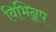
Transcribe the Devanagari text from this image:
विभिन्नप